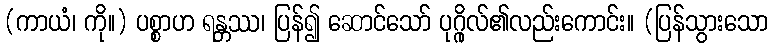
(ကာယံ၊ ကို။) ပစ္စာဟ ရန္တဿ၊ ပြန်၍ ဆောင်သော် ပုဂ္ဂိုလ်၏လည်းကောင်း။ (ပြန်သွားသော